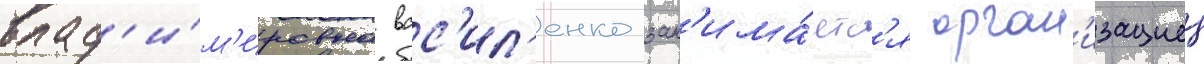
влад'и́м'ировна вас'ил'енко зан'има́етс'я орган'изациеи